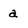
Character: a